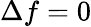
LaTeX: \Delta f=0